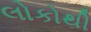
લોકોથી